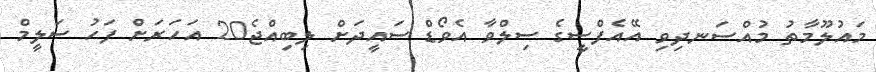
މައުލޫމާތު މުއްސަނދިވި އޭއެފްސީގެ ސިލްވާ އެވޯޑް ސައީދަށް ލިބިއްޖެ20 އަހަރަށް ފަހު ސަލީމް